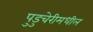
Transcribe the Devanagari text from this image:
पुडुचेरीमधील